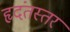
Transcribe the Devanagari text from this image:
हृदंतस्तर